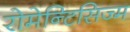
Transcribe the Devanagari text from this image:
रोमेन्टिसिज्म